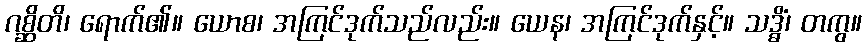
ဂစ္ဆိတိ၊ ရောက်၏။ ယောစ၊ အကြင်ဒုက်သည်လည်း။ ယေန၊ အကြင်ဒုက်နှင့်။ သဒ္ဓိံ၊ တကွ။